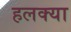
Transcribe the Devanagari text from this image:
हलक्‍या